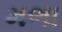
મભા